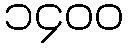
၁၄၀၀